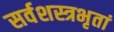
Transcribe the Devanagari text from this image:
सर्वशस्त्रभृतां